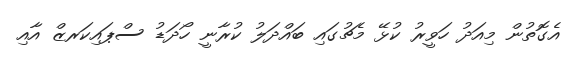
އެގޮތުން މިއަދު ހަވީރު ކުޅޭ މެޗުގައި ބައްދަލު ކުރާނީ ހޯދަޑު ސްޕައިކަރޒް އާއި